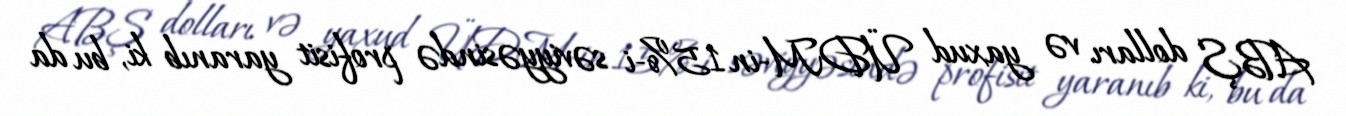
ABŞ dolları və yaxud ÜDM-in 15%-i səviyyəsində profisit yaranıb ki, bu da